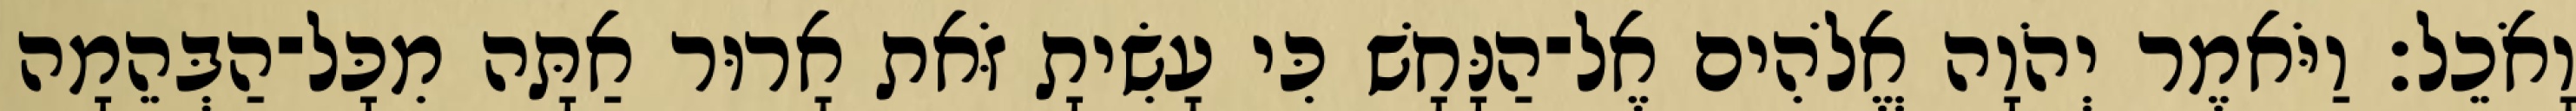
וָאֹכֵל׃ וַיֹּאמֶר יְהֹוָה אֱלֹהִים אֶל־הַנָּחָשׁ כִּי עָשִׂיתָ זֹּאת אָרוּר אַתָּה מִכָּל־הַבְּהֵמָה